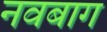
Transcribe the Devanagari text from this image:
नवबाग